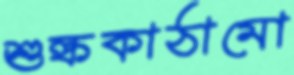
শুল্ককাঠামো